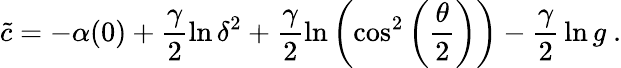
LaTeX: \tilde{c}=-\alpha(0)+\frac{\gamma}{2}\ln\delta^{2}+\frac{\gamma}{2}\ln\left(\cos^{2}\left(\frac{\theta}{2}\right)\right)-{\frac{\gamma}{2}}\ln g~.